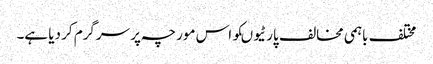
مختلف باہمی مخالف پارٹیوںکو اس مورچہ پر سرگرم کر دیا ہے۔